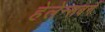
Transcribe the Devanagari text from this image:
हेलेन्सबर्ग